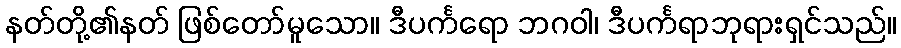
နတ်တို့၏နတ် ဖြစ်တော်မူသော။ ဒီပင်္ကရော ဘဂဝါ၊ ဒီပင်္ကရာဘုရားရှင်သည်။